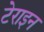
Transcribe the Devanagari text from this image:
टेराइन